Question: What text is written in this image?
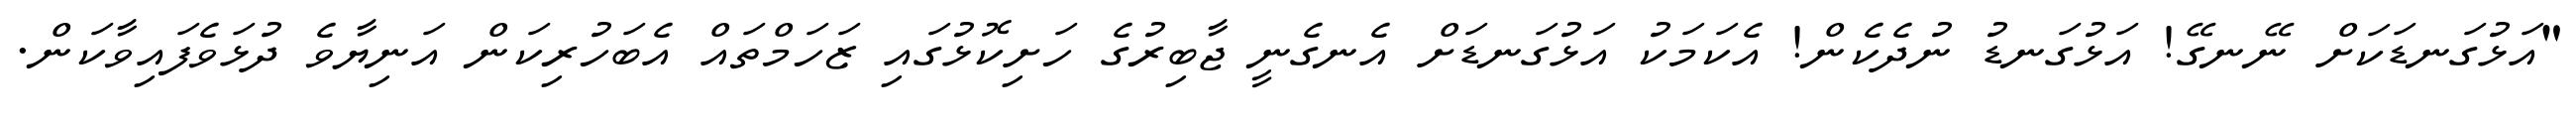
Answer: "އަޅުގަނޑަކަށް ނޭނގޭ! އަޅުގަނޑު ނުދެކެން! އެކަމަކު އަޅުގަނޑަށް އެނގެނީ ޖާބިރުގެ ހަށިކޮޅުގައި ޒަހަމްތައް އެބަހުރިކަން އަނިޔާވެ ދުޅަވެފައިވާކަން.